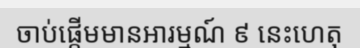
ចាប់ផ្តើមមានអារម្មណ៍ ៩ នេះហេតុ